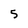
Character: 5